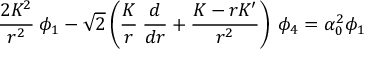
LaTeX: { \frac { 2 K ^ { 2 } } { r ^ { 2 } } } \: \phi _ { 1 } - \sqrt 2 \left( { \frac { K } { r } } \: { \frac { d } { d r } } + { \frac { K - r K ^ { \prime } } { r ^ { 2 } } } \right) \: \phi _ { 4 } = \alpha _ { 0 } ^ { 2 } \phi _ { 1 }